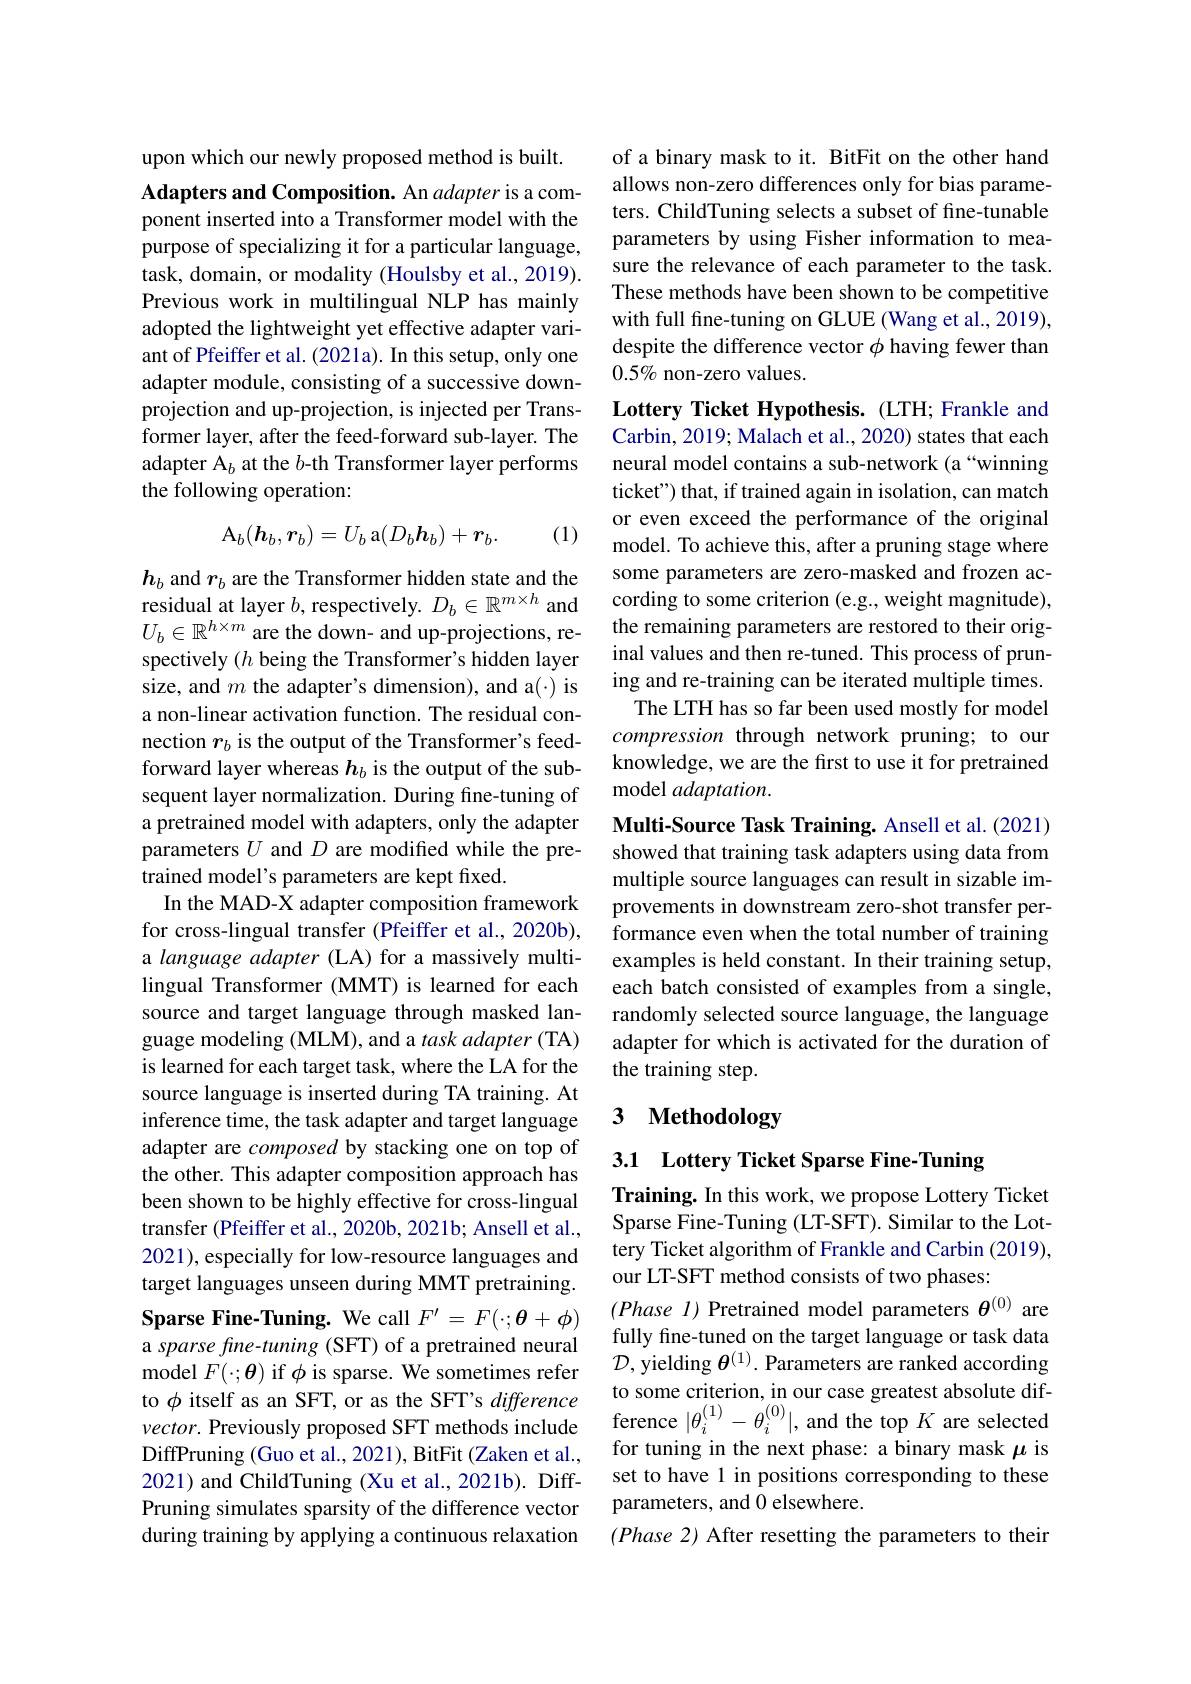
upon which our newly proposed method is built.

Adapters and Composition. An adapter is a component inserted into a Transformer model with the purpose of specializing it for a particular language, task, domain, or modality (Houlsby et al., 2019). Previous work in multilingual NLP has mainly adopted the lightweight yet effective adapter variant of Pfeiffer et al. (2021a). In this setup, only one adapter module, consisting of a successive downprojection and up-projection, is injected per Transformer layer, after the feed-forward sub-layer. The adapter A$_b$ at the $b$-th Transformer layer performs the following operation:

(1)
$$\mathrm{A}_b(\boldsymbol{h}_b,\boldsymbol{r}_b)=U_b\:\mathrm{a}(D_b\boldsymbol{h}_b)+\boldsymbol{r}_b.$$
$\boldsymbol{h}_b$ and $\boldsymbol r_b$ are the Transformer hidden state and the residual at layer $b$, respectively. $D_b\in\mathbb{R}^m\times h$ and $U_b\in\mathbb{R}^{h\times m}$ are the down- and up-projections, respectively $(h$ being the Transformer's hidden layer size, and $m$ the adapter's dimension), and a(·) is a non-linear activation function. The residual connection $r_b$ is the output of the Transformer's feedforward layer whereas $h_b$ is the output of the subsequent layer normalization. During fine-tuning of a pretrained model with adapters, only the adapter parameters $U$ and $D$ are modified while the pretrained model's parameters are kept fixed.
In the MAD-X adapter composition framework for cross-lingual transfer (Pfeiffer et al., 2020b), a language adapter (LA) for a massively multilingual Transformer (MMT) is learned for each source and target language through masked language modeling (MLM), and a task adapter (TA) is learned for each target task, where the LA for the source language is inserted during TA training. At inference time, the task adapter and target language adapter are composed by stacking one on top of the other. This adapter composition approach has been shown to be highly effective for cross-lingual transfer (Pfeiffer et al., 2020b, 2021b; Ansell et al., 2021), especially for low-resource languages and target languages unseen during MMT pretraining. Sparse Fine-Tuning. We call $F^\prime=F(\cdot;\boldsymbol{\theta}+\boldsymbol{\phi})$ a sparse fine-tuning (SFT) of a pretrained neural model $F(\cdot;\boldsymbol{\theta})$ if $\phi$ is sparse. We sometimes refer to $\phi$ itself as an SFT, or as the SFT's difference to $\varphi$ itselr as an SF1, or as the SPI s atifference ference ference $|\theta_i^{(1)}-\theta_i^{(0)}|$, and the top $K$ are selected
DiffPruning (Guo et al., 2021), BitFit (Zaken et al., 2021) and ChildTuning (Xu et al., 2021b). DiffPruning simulates sparsity of the difference vector during training by applying a continuous relaxation

of a binary mask to it. BitFit on the other hand allows non-zero differences only for bias parameters. ChildTuning selects a subset of fine-tunable parameters by using Fisher information to measure the relevance of each parameter to the task. These methods have been shown to be competitive with full fine-tuning on GLUE (Wang et al., 2019), despite the difference vector $\phi$ having fewer than $0.5\%$ non-zero values.

Lottery Ticket Hypothesis. (LTH; Frankle and Carbin, 2019; Malach et al., 2020) states that each neural model contains a sub-network (a “winning ticket") that, if trained again in isolation, can match or even exceed the performance of the original model. To achieve this, after a pruning stage where some parameters are zero-masked and frozen according to some criterion (e.g., weight magnitude), the remaining parameters are restored to their original values and then re-tuned. This process of pruning and re-training can be iterated multiple times.
The LTH has so far been used mostly for model compression through network pruning; to our knowledge, we are the first to use it for pretrained model $adaptation.$
Multi-Source Task Training. Ansell et al. (2021) showed that training task adapters using data from multiple source languages can result in sizable improvements in downstream zero-shot transfer performance even when the total number of training examples is held constant. In their training setup, each batch consisted of examples from a single,

randomly selected source language, the language adapter for which is activated for the duration of the training step.

# 3 Methodology

3.1 Lottery Ticket Sparse Fine-Tuning

Training. In this work, we propose Lottery Ticket Sparse Fine-Tuning (LT-SFT). Similar to the Lottery Ticket algorithm of Frankle and Carbin (2019), our LT-SFT method consists of two phases:

$( Phase\textit{l) Pretrained model parameters }\theta ^{( 0) }$ are fully fine-tuned on the target language or task data $\mathcal{D}$, yielding $\boldsymbol\theta^{(1)}.$ Parameters are ranked according to some criterion, in our case greatest absolute diffor tuning in the next phase: a binary mask $\mu$ is set to have l in positions corresponding to these parameters, and 0 elsewhere.
$(Phase2)$ After resetting the parameters to their